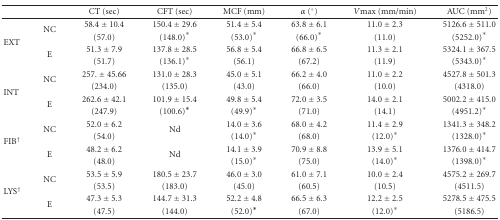
<table><thead><tr><td></td><td></td><td><b>CT (sec)</b></td><td><b>CFT (sec)</b></td><td><b>MCF (mm)</b></td><td><b><i>α</i> (°)</b></td><td><b><i>V</i>max (mm/min)</b></td><td><b>AUC (mm<sup>2</sup>)</b></td></tr></thead><tbody><tr><td rowspan="4">EXT</td><td rowspan="2">NC</td><td>58.4 ± 10.4</td><td>150.4 ± 29.6</td><td>51.4 ± 5.4</td><td>63.8 ± 6.1</td><td>11.0 ± 2.3</td><td>5126.6 ± 511.0</td></tr><tr><td>(57.0)</td><td>(148.0)*</td><td>(53.0)*</td><td>(66.0)*</td><td>(11.0)</td><td>(5252.0)*</td></tr><tr><td rowspan="2">E</td><td>51.3 ± 7.9</td><td>137.8 ± 28.5</td><td>56.8 ± 5.4</td><td>66.8 ± 6.5</td><td>11.3 ± 2.1</td><td>5324.1 ± 367.5</td></tr><tr><td>(51.7)</td><td>(136.1)*</td><td>(56.1)</td><td>(67.2)</td><td>(11.9)</td><td>(5343.0)*</td></tr><tr><td rowspan="4">INT</td><td rowspan="2">NC</td><td>257.±45.66</td><td>131.0 ± 28.3</td><td>45.0 ± 5.1</td><td>66.2 ± 4.0</td><td>11.0 ± 2.2</td><td>4527.8 ± 501.3</td></tr><tr><td>(234.0)</td><td>(135.0)</td><td>(43.0)</td><td>(66.0)</td><td>(10.0)</td><td>(4318.0)</td></tr><tr><td rowspan="2">E</td><td>262.6 ± 42.1</td><td>101.9 ± 15.4</td><td>49.8 ± 5.4</td><td>72.0 ± 3.5</td><td>14.0 ± 2.1</td><td>5002.2 ± 415.0</td></tr><tr><td>(247.9)</td><td>(100.6)*</td><td>(49.9)*</td><td>(71.0)</td><td>(14.1)</td><td>(4951.2)*</td></tr><tr><td rowspan="4">FIB<b><sup>†</sup></b></td><td rowspan="2">NC</td><td>52.0 ± 6.2</td><td rowspan="2">Nd</td><td>14.0 ± 3.6</td><td>68.0 ± 4.2</td><td>11.4 ± 2.9</td><td>1341.3 ± 348.2</td></tr><tr><td>(54.0)</td><td>(14.0)*</td><td>(68.0)</td><td>(12.0)*</td><td>(1328.0)*</td></tr><tr><td rowspan="2">E</td><td>48.2 ± 6.2</td><td rowspan="2">Nd</td><td>14.1 ± 3.9</td><td>70.9 ± 8.8</td><td>13.9 ± 5.1</td><td>1376.0 ± 414.7</td></tr><tr><td>(48.0)</td><td>(15.0)*</td><td>(75.0)</td><td>(14.0)*</td><td>(1398.0)*</td></tr><tr><td rowspan="4">LYS<b><sup>†</sup></b></td><td rowspan="2">NC</td><td>53.5 ± 5.9</td><td>180.5 ± 23.7</td><td>46.0 ± 3.0</td><td>61.0 ± 7.1</td><td>10.0 ± 2.4</td><td>4575.2 ± 269.7</td></tr><tr><td>(53.5)</td><td>(183.0)</td><td>(45.0)</td><td>(60.5)</td><td>(10.5)</td><td>(4511.5)</td></tr><tr><td rowspan="2">E</td><td>47.3 ± 5.3</td><td>144.7 ± 31.3</td><td>52.2 ± 4.8</td><td>66.5 ± 6.3</td><td>12.2 ± 2.5</td><td>5278.5 ± 475.5</td></tr><tr><td>(47.5)</td><td>(144.0)</td><td>(52.0)*</td><td>(67.0)</td><td>(12.0)*</td><td>(5186.5)</td></tr></tbody></table>